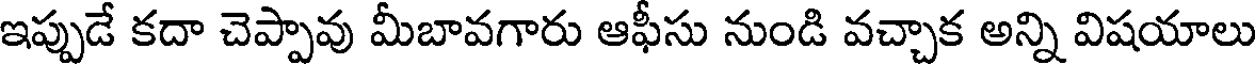
ఇప్పుడే కదా చెప్పావు మీబావగారు ఆఫీసు నుండి వచ్చాక అన్ని విషయాలు